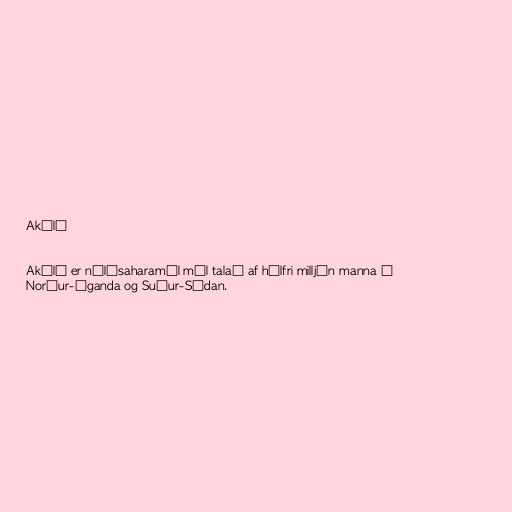
Akólí

Akólí er nílósaharamál mál talað af hálfri milljón manna í
Norður-Úganda og Suður-Súdan.